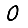
Digit: 0